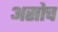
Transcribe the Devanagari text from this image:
असोच